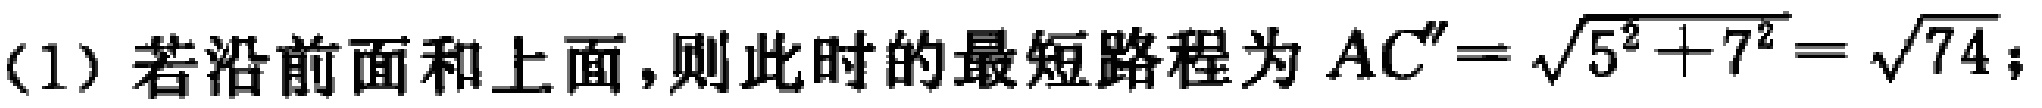
(1) 若沿前面和上面,则此时的最短路程为 \(AC''=\sqrt{5^{2}+7^{2}}=\sqrt{74}\);